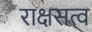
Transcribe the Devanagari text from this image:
राक्षसत्व